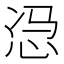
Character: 𱞎